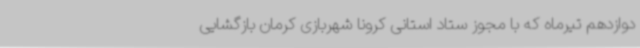
دوازدهم تیرماه که با مجوز ستاد استانی کرونا شهربازی کرمان بازگشایی